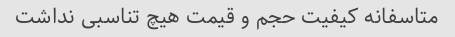
متاسفانه کیفیت حجم و قیمت هیچ تناسبی نداشت